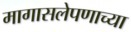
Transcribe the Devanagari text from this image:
मागासलेपणाच्या